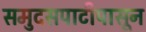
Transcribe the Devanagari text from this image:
समुदसपाटीपासून